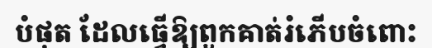
បំផុត ដែលធ្វើឱ្យពួកគាត់រំភើបចំពោះ